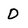
Character: d